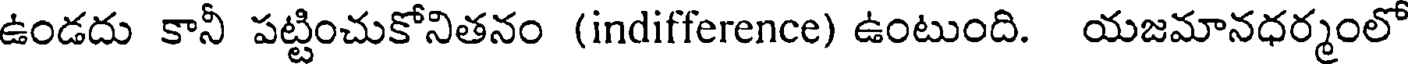
ఉండదు కానీ పట్టించుకోనితనం (indifference) ఉంటుంది. యజమానధర్మంలో